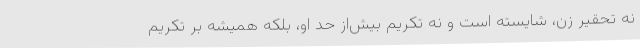
نه تحقیر زن، شایسته است و نه تکریم بیش‌از حد او، بلکه همیشه بر تکریم